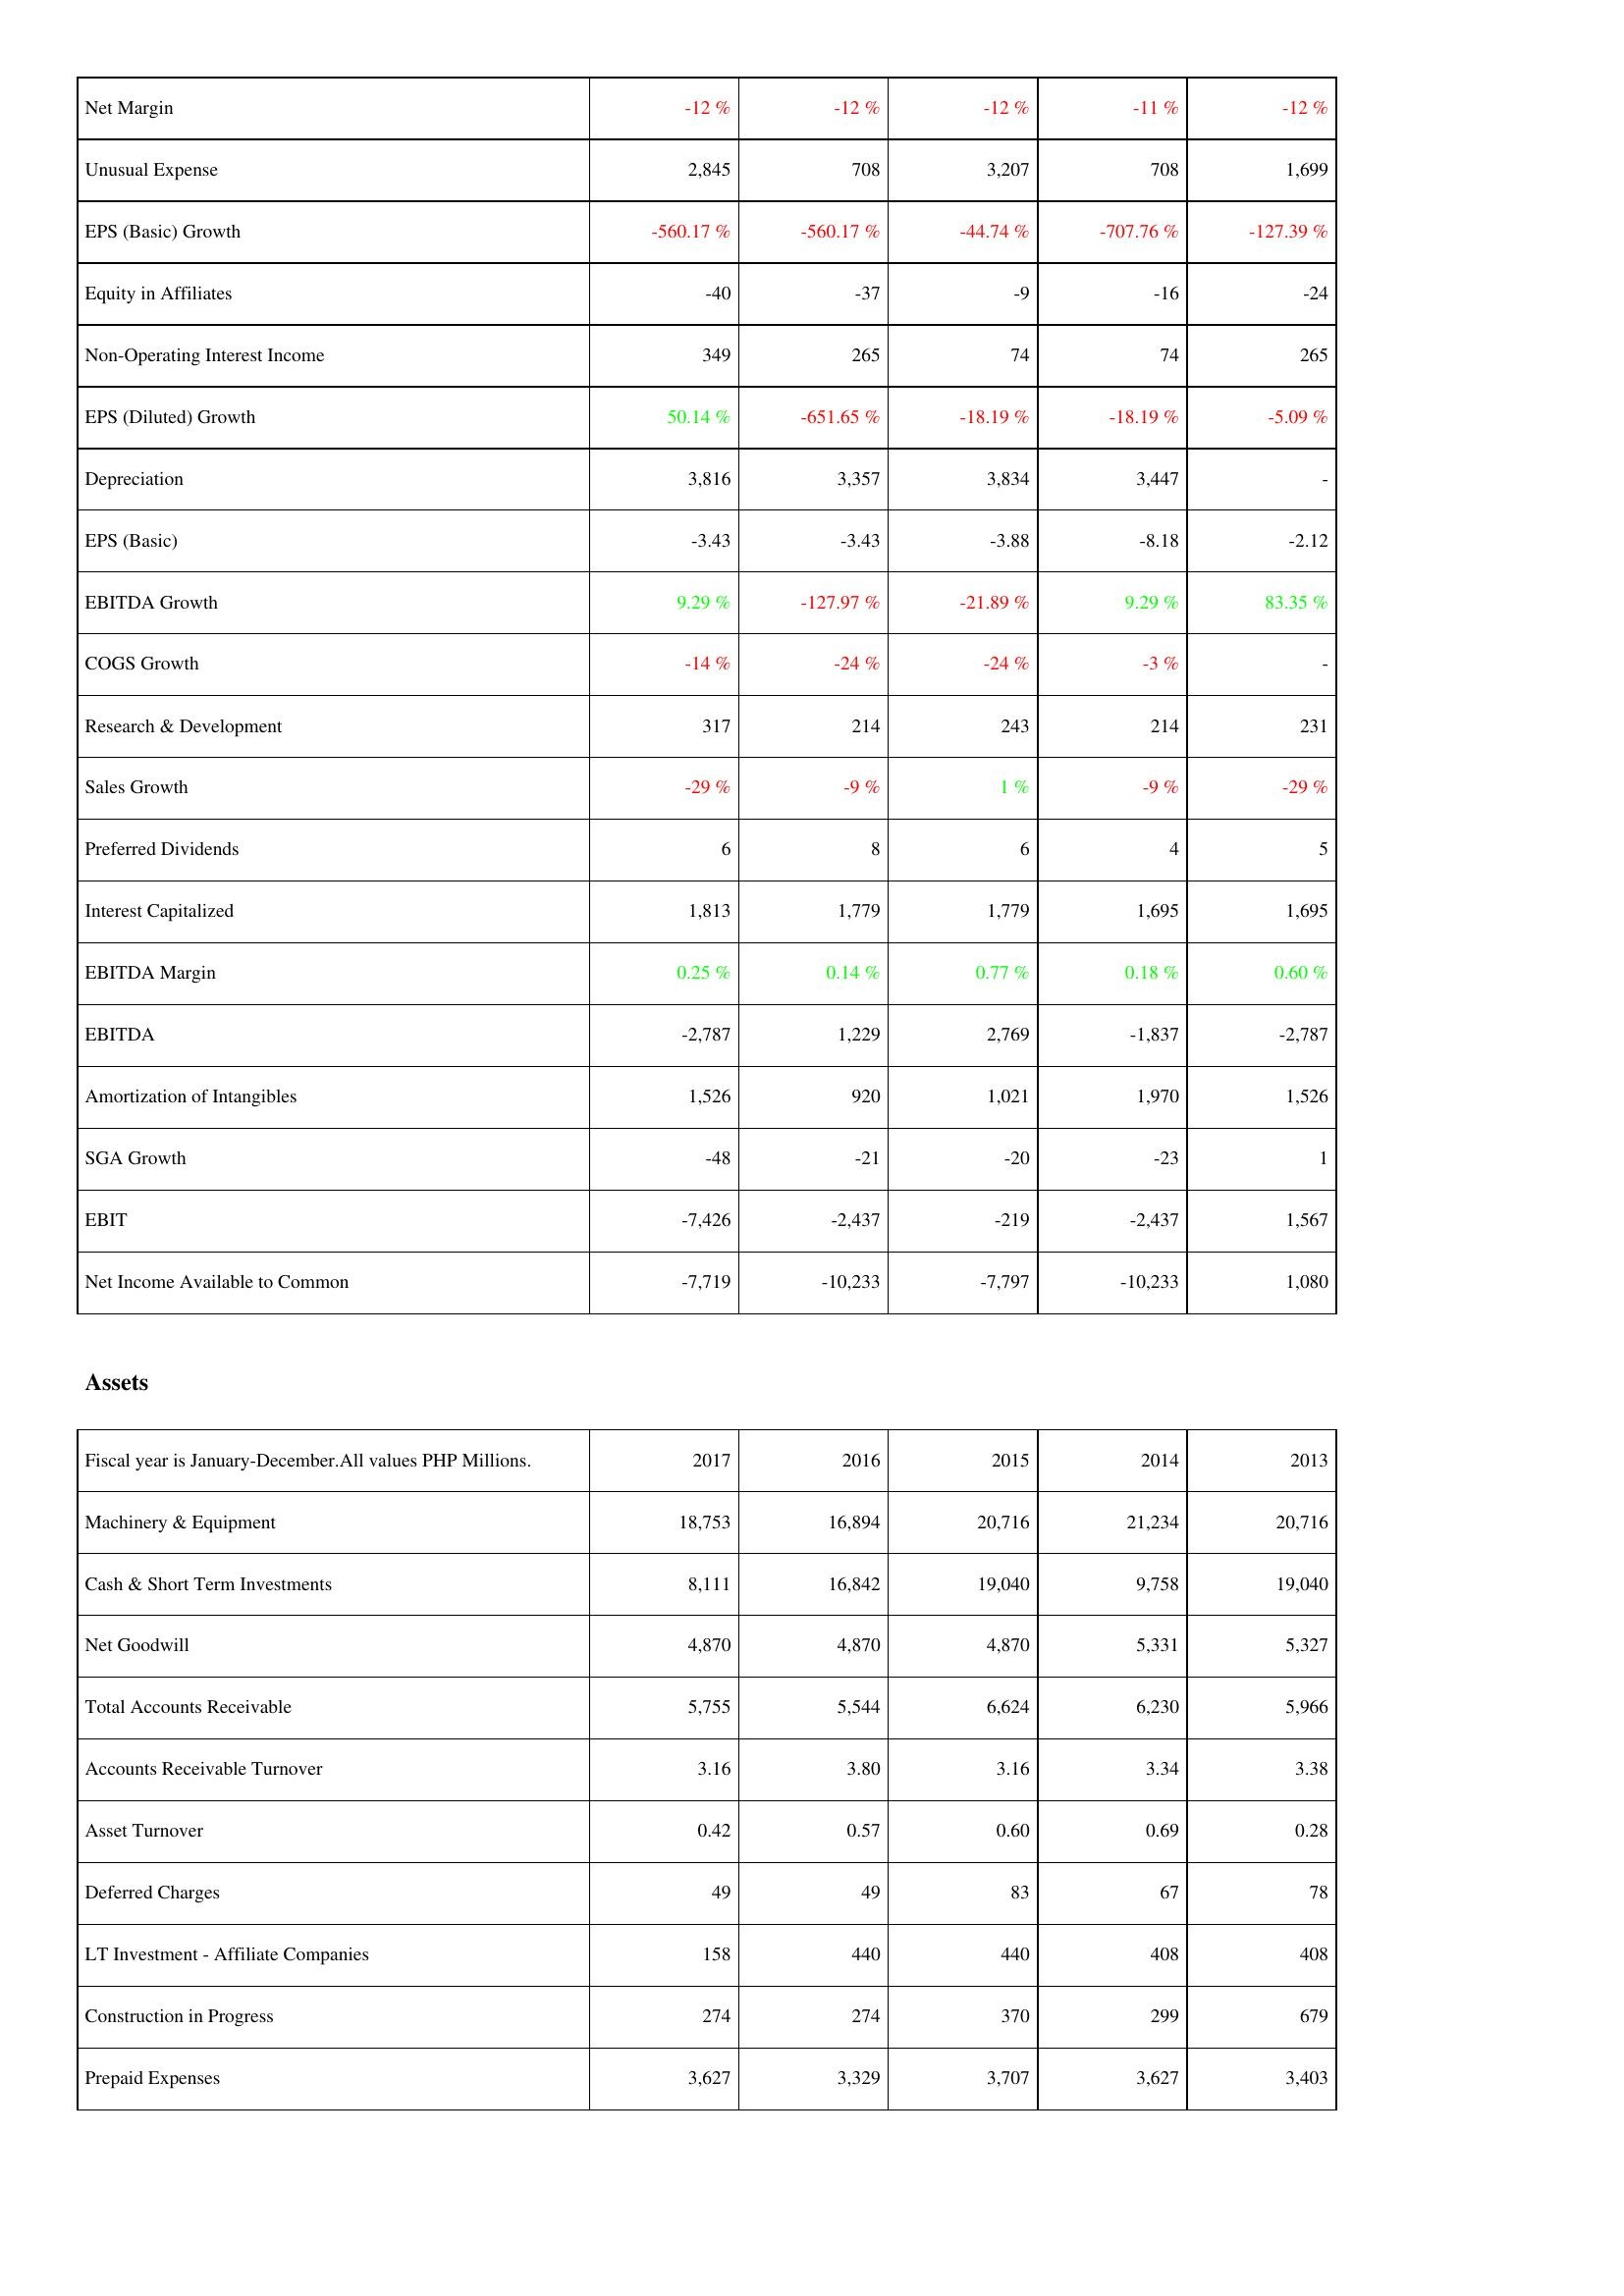
2017: Income Statement: Net Margin: -12 %
Unusual Expense: 2,845
EPS (Basic) Growth: -560.17 %
Equity in Affiliates: -40
Non-Operating Interest Income: 349
EPS (Diluted) Growth: 50.14 %
Depreciation: 3,816
EPS (Basic): -3.43
EBITDA Growth: 9.29 %
COGS Growth: -14 %
Research & Development: 317
Sales Growth: -29 %
Preferred Dividends: 6
Interest Capitalized: 1,813
EBITDA Margin: 0.25 %
EBITDA: -2,787
Amortization of Intangibles: 1,526
SGA Growth: -48
EBIT: -7,426
Net Income Available to Common: -7,719
Assets: Machinery & Equipment: 18,753
Cash & Short Term Investments: 8,111
Net Goodwill: 4,870
Total Accounts Receivable: 5,755
Accounts Receivable Turnover: 3.16
Asset Turnover: 0.42
Deferred Charges: 49
LT Investment - Affiliate Companies: 158
Construction in Progress: 274
Prepaid Expenses: 3,627
2016: Income Statement: Net Margin: -12 %
Unusual Expense: 708
EPS (Basic) Growth: -560.17 %
Equity in Affiliates: -37
Non-Operating Interest Income: 265
EPS (Diluted) Growth: -651.65 %
Depreciation: 3,357
EPS (Basic): -3.43
EBITDA Growth: -127.97 %
COGS Growth: -24 %
Research & Development: 214
Sales Growth: -9 %
Preferred Dividends: 8
Interest Capitalized: 1,779
EBITDA Margin: 0.14 %
EBITDA: 1,229
Amortization of Intangibles: 920
SGA Growth: -21
EBIT: -2,437
Net Income Available to Common: -10,233
Assets: Machinery & Equipment: 16,894
Cash & Short Term Investments: 16,842
Net Goodwill: 4,870
Total Accounts Receivable: 5,544
Accounts Receivable Turnover: 3.80
Asset Turnover: 0.57
Deferred Charges: 49
LT Investment - Affiliate Companies: 440
Construction in Progress: 274
Prepaid Expenses: 3,329
2015: Income Statement: Net Margin: -12 %
Unusual Expense: 3,207
EPS (Basic) Growth: -44.74 %
Equity in Affiliates: -9
Non-Operating Interest Income: 74
EPS (Diluted) Growth: -18.19 %
Depreciation: 3,834
EPS (Basic): -3.88
EBITDA Growth: -21.89 %
COGS Growth: -24 %
Research & Development: 243
Sales Growth: 1 %
Preferred Dividends: 6
Interest Capitalized: 1,779
EBITDA Margin: 0.77 %
EBITDA: 2,769
Amortization of Intangibles: 1,021
SGA Growth: -20
EBIT: -219
Net Income Available to Common: -7,797
Assets: Machinery & Equipment: 20,716
Cash & Short Term Investments: 19,040
Net Goodwill: 4,870
Total Accounts Receivable: 6,624
Accounts Receivable Turnover: 3.16
Asset Turnover: 0.60
Deferred Charges: 83
LT Investment - Affiliate Companies: 440
Construction in Progress: 370
Prepaid Expenses: 3,707
2014: Income Statement: Net Margin: -11 %
Unusual Expense: 708
EPS (Basic) Growth: -707.76 %
Equity in Affiliates: -16
Non-Operating Interest Income: 74
EPS (Diluted) Growth: -18.19 %
Depreciation: 3,447
EPS (Basic): -8.18
EBITDA Growth: 9.29 %
COGS Growth: -3 %
Research & Development: 214
Sales Growth: -9 %
Preferred Dividends: 4
Interest Capitalized: 1,695
EBITDA Margin: 0.18 %
EBITDA: -1,837
Amortization of Intangibles: 1,970
SGA Growth: -23
EBIT: -2,437
Net Income Available to Common: -10,233
Assets: Machinery & Equipment: 21,234
Cash & Short Term Investments: 9,758
Net Goodwill: 5,331
Total Accounts Receivable: 6,230
Accounts Receivable Turnover: 3.34
Asset Turnover: 0.69
Deferred Charges: 67
LT Investment - Affiliate Companies: 408
Construction in Progress: 299
Prepaid Expenses: 3,627
2013: Income Statement: Net Margin: -12 %
Unusual Expense: 1,699
EPS (Basic) Growth: -127.39 %
Equity in Affiliates: -24
Non-Operating Interest Income: 265
EPS (Diluted) Growth: -5.09 %
Depreciation: -
EPS (Basic): -2.12
EBITDA Growth: 83.35 %
COGS Growth: -
Research & Development: 231
Sales Growth: -29 %
Preferred Dividends: 5
Interest Capitalized: 1,695
EBITDA Margin: 0.60 %
EBITDA: -2,787
Amortization of Intangibles: 1,526
SGA Growth: 1
EBIT: 1,567
Net Income Available to Common: 1,080
Assets: Machinery & Equipment: 20,716
Cash & Short Term Investments: 19,040
Net Goodwill: 5,327
Total Accounts Receivable: 5,966
Accounts Receivable Turnover: 3.38
Asset Turnover: 0.28
Deferred Charges: 78
LT Investment - Affiliate Companies: 408
Construction in Progress: 679
Prepaid Expenses: 3,403